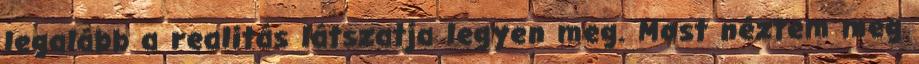
legalább a realitás látszatja legyen meg. Most néztem meg